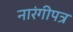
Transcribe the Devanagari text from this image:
नारंगीपत्र